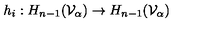
h _ { i } : H _ { n - 1 } ( { \cal V } _ { \alpha } ) \rightarrow H _ { n - 1 } ( { \cal V } _ { \alpha } )